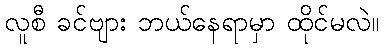
လူစီ ခင်ဗျား ဘယ်နေရာမှာ ထိုင်မလဲ။